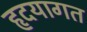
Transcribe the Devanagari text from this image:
हृदयागत